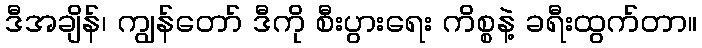
ဒီအချိန်၊ ကျွန်တော် ဒီကို စီးပွားရေး ကိစ္စနဲ့ ခရီးထွက်တာ။